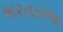
ભરતરાજા